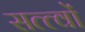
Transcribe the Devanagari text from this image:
सत्त्वों